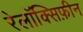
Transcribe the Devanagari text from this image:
रेलॉक्सिफ़ीन